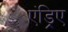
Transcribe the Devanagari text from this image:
एंड्रिए